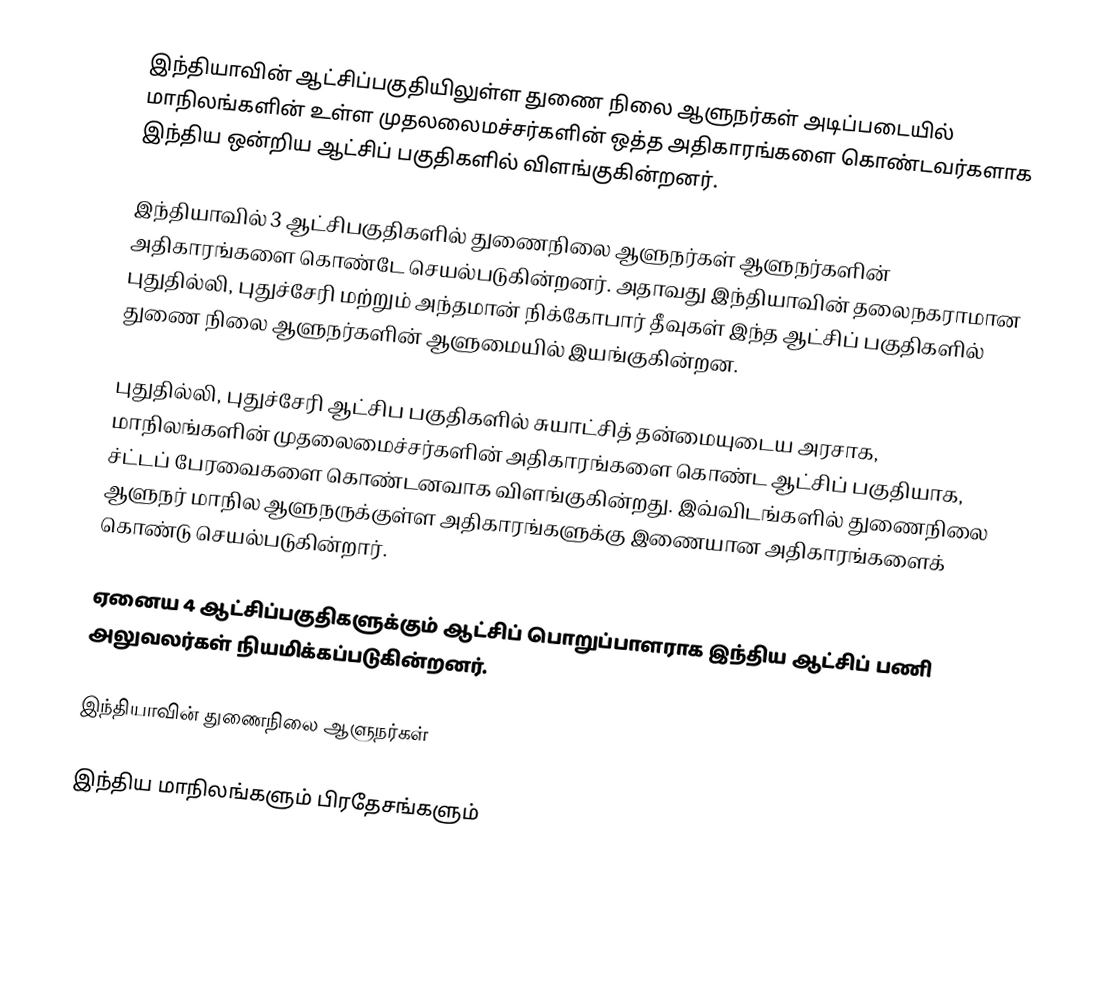
இந்தியாவின் ஆட்சிப்பகுதியிலுள்ள துணை நிலை ஆளுநர்கள் அடிப்படையில் மாநிலங்களின் உள்ள முதலலைமச்சர்களின் ஒத்த அதிகாரங்களை கொண்டவர்களாக இந்திய ஒன்றிய ஆட்சிப் பகுதிகளில் விளங்குகின்றனர்.

இந்தியாவில் 3 ஆட்சிபகுதிகளில் துணைநிலை ஆளுநர்கள் ஆளுநர்களின் அதிகாரங்களை கொண்டே செயல்படுகின்றனர். அதாவது இந்தியாவின் தலைநகராமான புதுதில்லி, புதுச்சேரி மற்றும் அந்தமான் நிக்கோபார் தீவுகள் இந்த ஆட்சிப் பகுதிகளில் துணை நிலை ஆளுநர்களின்  ஆளுமையில் இயங்குகின்றன.

புதுதில்லி, புதுச்சேரி  ஆட்சிப பகுதிகளில் சுயாட்சித் தன்மையுடைய அரசாக, மாநிலங்களின் முதலைமைச்சர்களின் அதிகாரங்களை கொண்ட ஆட்சிப் பகுதியாக, ச்ட்டப் பேரவைகளை கொண்டனவாக விளங்குகின்றது. இவ்விடங்களில் துணைநிலை ஆளுநர் மாநில ஆளுநருக்குள்ள அதிகாரங்களுக்கு இணையான அதிகாரங்களைக் கொண்டு செயல்படுகின்றார்.

ஏனைய 4 ஆட்சிப்பகுதிகளுக்கும் ஆட்சிப் பொறுப்பாளராக இந்திய ஆட்சிப் பணி அலுவலர்கள் நியமிக்கப்படுகின்றனர்.

இந்தியாவின் துணைநிலை ஆளுநர்கள்

இந்திய மாநிலங்களும் பிரதேசங்களும்